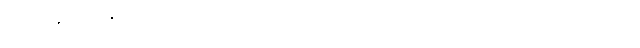
ဝါယမန္တိ၊ ကုန်၏။ ဣတိ၊ ကြောင့်။ သမ္မဝါယမော၊ မည်၏။ ပသတ္တော၊ သော။ ဝါ၊ ကား။